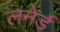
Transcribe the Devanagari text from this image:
लनेर्ड